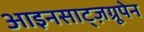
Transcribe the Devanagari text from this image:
आइनसाट्ज़ग्रूपेन